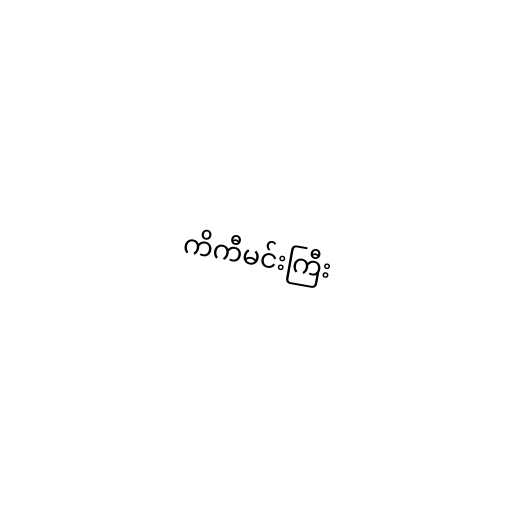
ကိကီမင်းကြီး